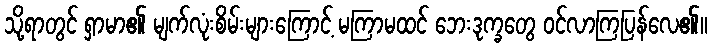
သို့ရာတွင် ရှာမာ၏ မျက်လုံးစိမ်းများကြောင့် မကြာမထင် ဘေးဒုက္ခတွေ ဝင်လာကြပြန်လေ၏။